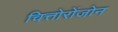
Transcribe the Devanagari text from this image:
चित्तोरोंजोन